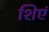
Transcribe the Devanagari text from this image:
शिएं